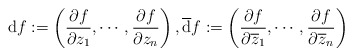
\begin{align*} \mathrm{d}f:=\left(\frac{\partial f}{\partial z_{1}},\cdots,\frac{\partial f}{\partial z_{n}}\right),\overline{\mathrm{d}}f:=\left(\frac{\partial f}{\partial\overline{z}_{1}},\cdots,\frac{\partial f}{\partial\overline{z}_{n}}\right) \end{align*}